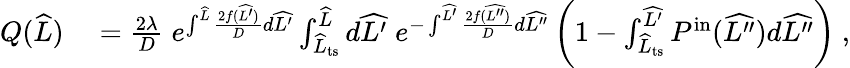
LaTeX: \begin{array}{rl}{Q(\widehat{L})}&{{}=\frac{2\lambda}{D}\; e^{\int^{\widehat{L}}\frac{2f(\widehat{L^{\prime}})}{D}d\widehat{L^{\prime}}}\int_{\widehat{L}_{\mathrm{ts}}}^{\widehat{L}}d\widehat{L^{\prime}}\; e^{-\int^{\widehat{L^{\prime}}}\frac{2f(\widehat{L^{\prime\prime}})}{D}d\widehat{L^{\prime\prime}}}\left(1-\int_{\widehat{L}_{\mathrm{ts}}}^{\widehat{L^{\prime}}}P^{\mathrm{in}}(\widehat{L^{\prime\prime}})d\widehat{L^{\prime\prime}}\right)\ ,}\end{array}